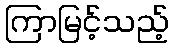
ကြာမြင့်သည့်